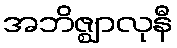
အဘိဇ္ဈာလုနီ